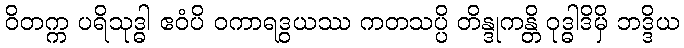
ဝိတက္က ပရိသုဒ္ဓါ ဧဝံပိ ဝကာရဒွယဿ ကတသပ္ပိ တိန္ဒုကန္တိ ဝုဒ္ဓါဒိမှိ ဘဒ္ဒိယ